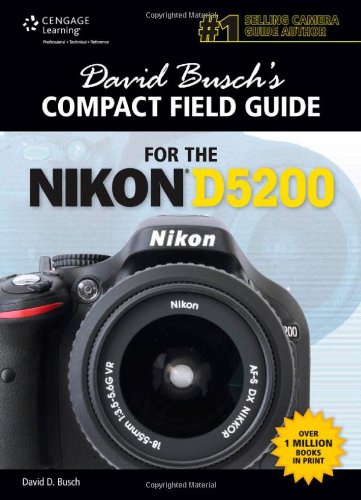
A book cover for David Busch's Compact Field Guide for the Nikon D5200 (David Busch's Digital Photography Guides); David D. Busch; Reference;